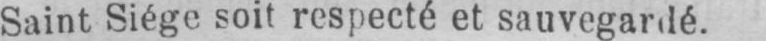
Saint Siège soit respecté et sauvegardé.